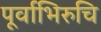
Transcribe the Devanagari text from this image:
पूर्वाभिरुचि